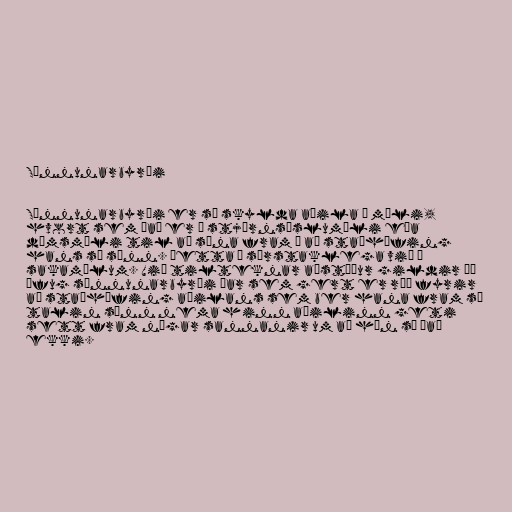
Sönnunarbyrði

Sönnunarbyrði er sú skylda aðila í máli,
hvort sem það er í stjórnsýslumáli eða
dómsmáli til að sýna fram á að staðhæfing
hans sé sönn. Þetta á sérstaklega við í
sakamálum. Við tilteknar aðstæður gildir þó
öfug sönnunarbyrði þar sem gert er ráð fyrir
að staðhæfing aðilans sem ber hana fram sé
talin sönn nema hinn aðilinn geti
sett fram nægar sannanir um að hún sé það
ekki.